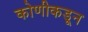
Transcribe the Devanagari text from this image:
कोणीकडून